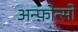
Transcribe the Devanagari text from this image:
अन्फ़ोन्सो